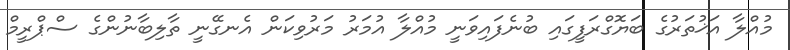
މުއްލާ އަޚުތަރުގެ ބަޔޮގްރަފީގައި ބުނެފައިވަނީ މުއްލާ އުމަރު މަރުވިކަން އެނގޭނީ ތާލިބާނުންގެ ސްޕްރީމް